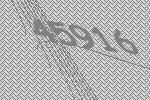
45916